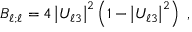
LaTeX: B _ { { \ell } ; { \ell } } = 4 \left| U _ { { \ell } 3 } \right| ^ { 2 } \left( 1 - \left| U _ { { \ell } 3 } \right| ^ { 2 } \right) \; ,